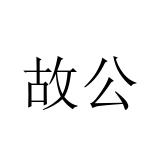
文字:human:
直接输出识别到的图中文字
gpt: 故公